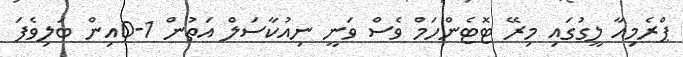
ޕްރެމިއާ ލީގުގައި މިރޭ ޓޮޓެންހަމް ވެސް ވަނީ ނިއުކާސަލް އަތުން 1-0އިން ބަލިވެފަ